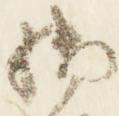
御